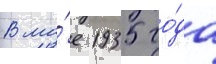
В ма́е 1935 го́да